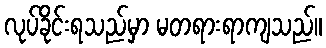
လုပ်ခိုင်းရသည်မှာ မတရားရာကျသည်။